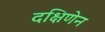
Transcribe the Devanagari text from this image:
दक्षिणेन